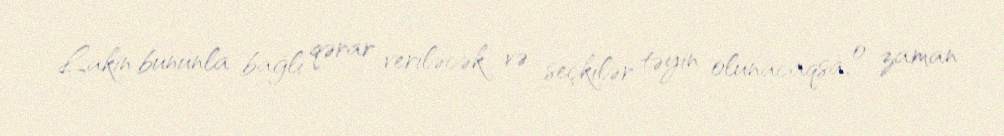
Lakin bununla bağlı qərar veriləcək və seçkilər təyin olunacaqsa, o zaman